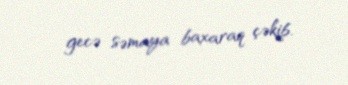
gecə səmaya baxaraq çəkib.